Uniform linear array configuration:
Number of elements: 16
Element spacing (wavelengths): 0.25
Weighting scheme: binomial
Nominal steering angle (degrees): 0
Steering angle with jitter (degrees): -0.1329
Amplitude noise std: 0.05
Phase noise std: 0.05

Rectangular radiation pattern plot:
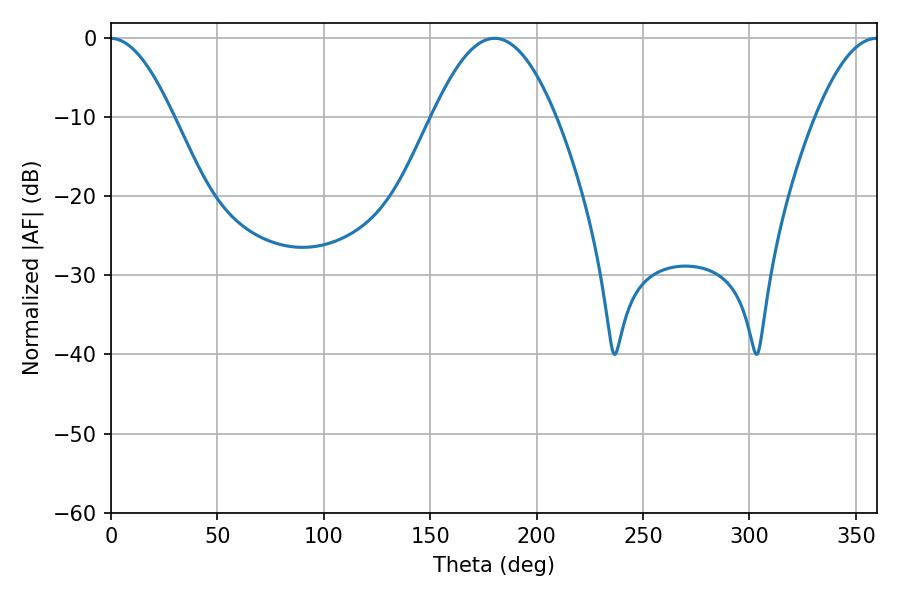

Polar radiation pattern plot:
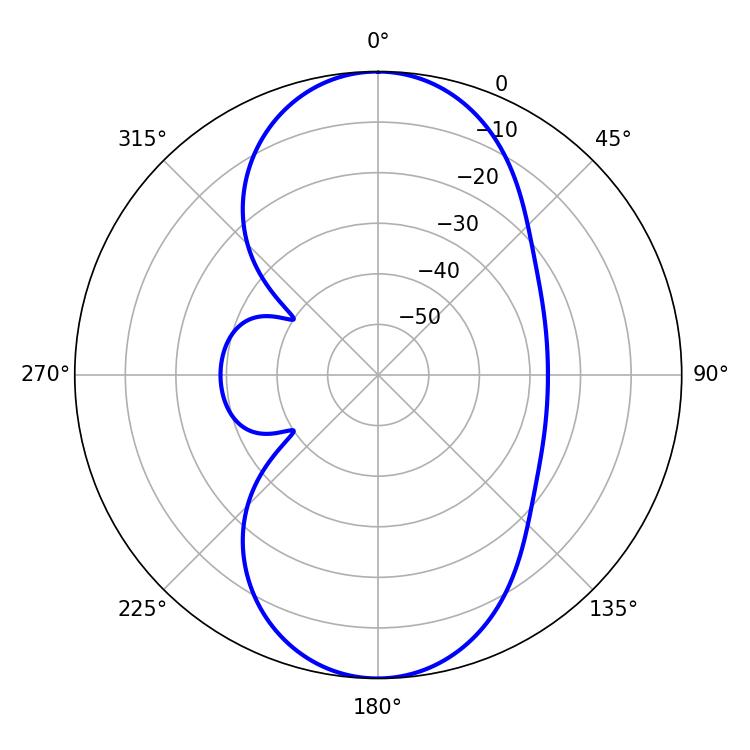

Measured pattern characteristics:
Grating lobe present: FALSE
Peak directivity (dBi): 24.11
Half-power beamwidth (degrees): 31.68
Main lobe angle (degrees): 180.18